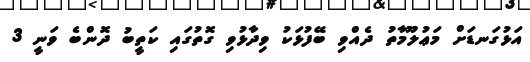
އަޅުގަނޑަށް މަޢުލޫމާތު ދެއްވި ބޭފުޅަކު ވިދާޅުވި ގޮތުގައި ކަތީބު ދޮންބެ ވަނީ 3